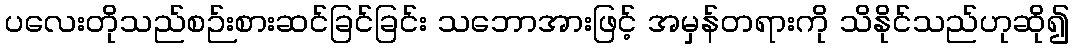
ပလေးတိုသည်စဉ်းစားဆင်ခြင်ခြင်း သဘောအားဖြင့် အမှန်တရားကို သိနိုင်သည်ဟုဆို၍